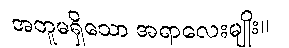
အတူမရှိသော အရာလေးမျိုး။